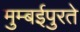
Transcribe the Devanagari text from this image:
मुम्बईपुरते